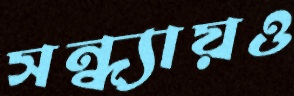
সন্ধ্যায়ও